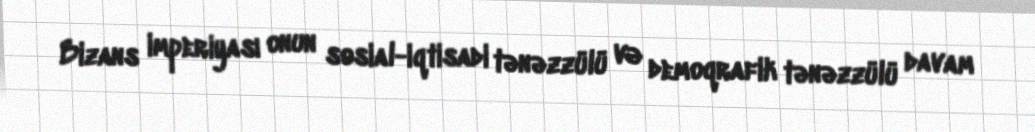
Bizans imperiyası onun sosial-iqtisadi tənəzzülü və demoqrafik tənəzzülü davam